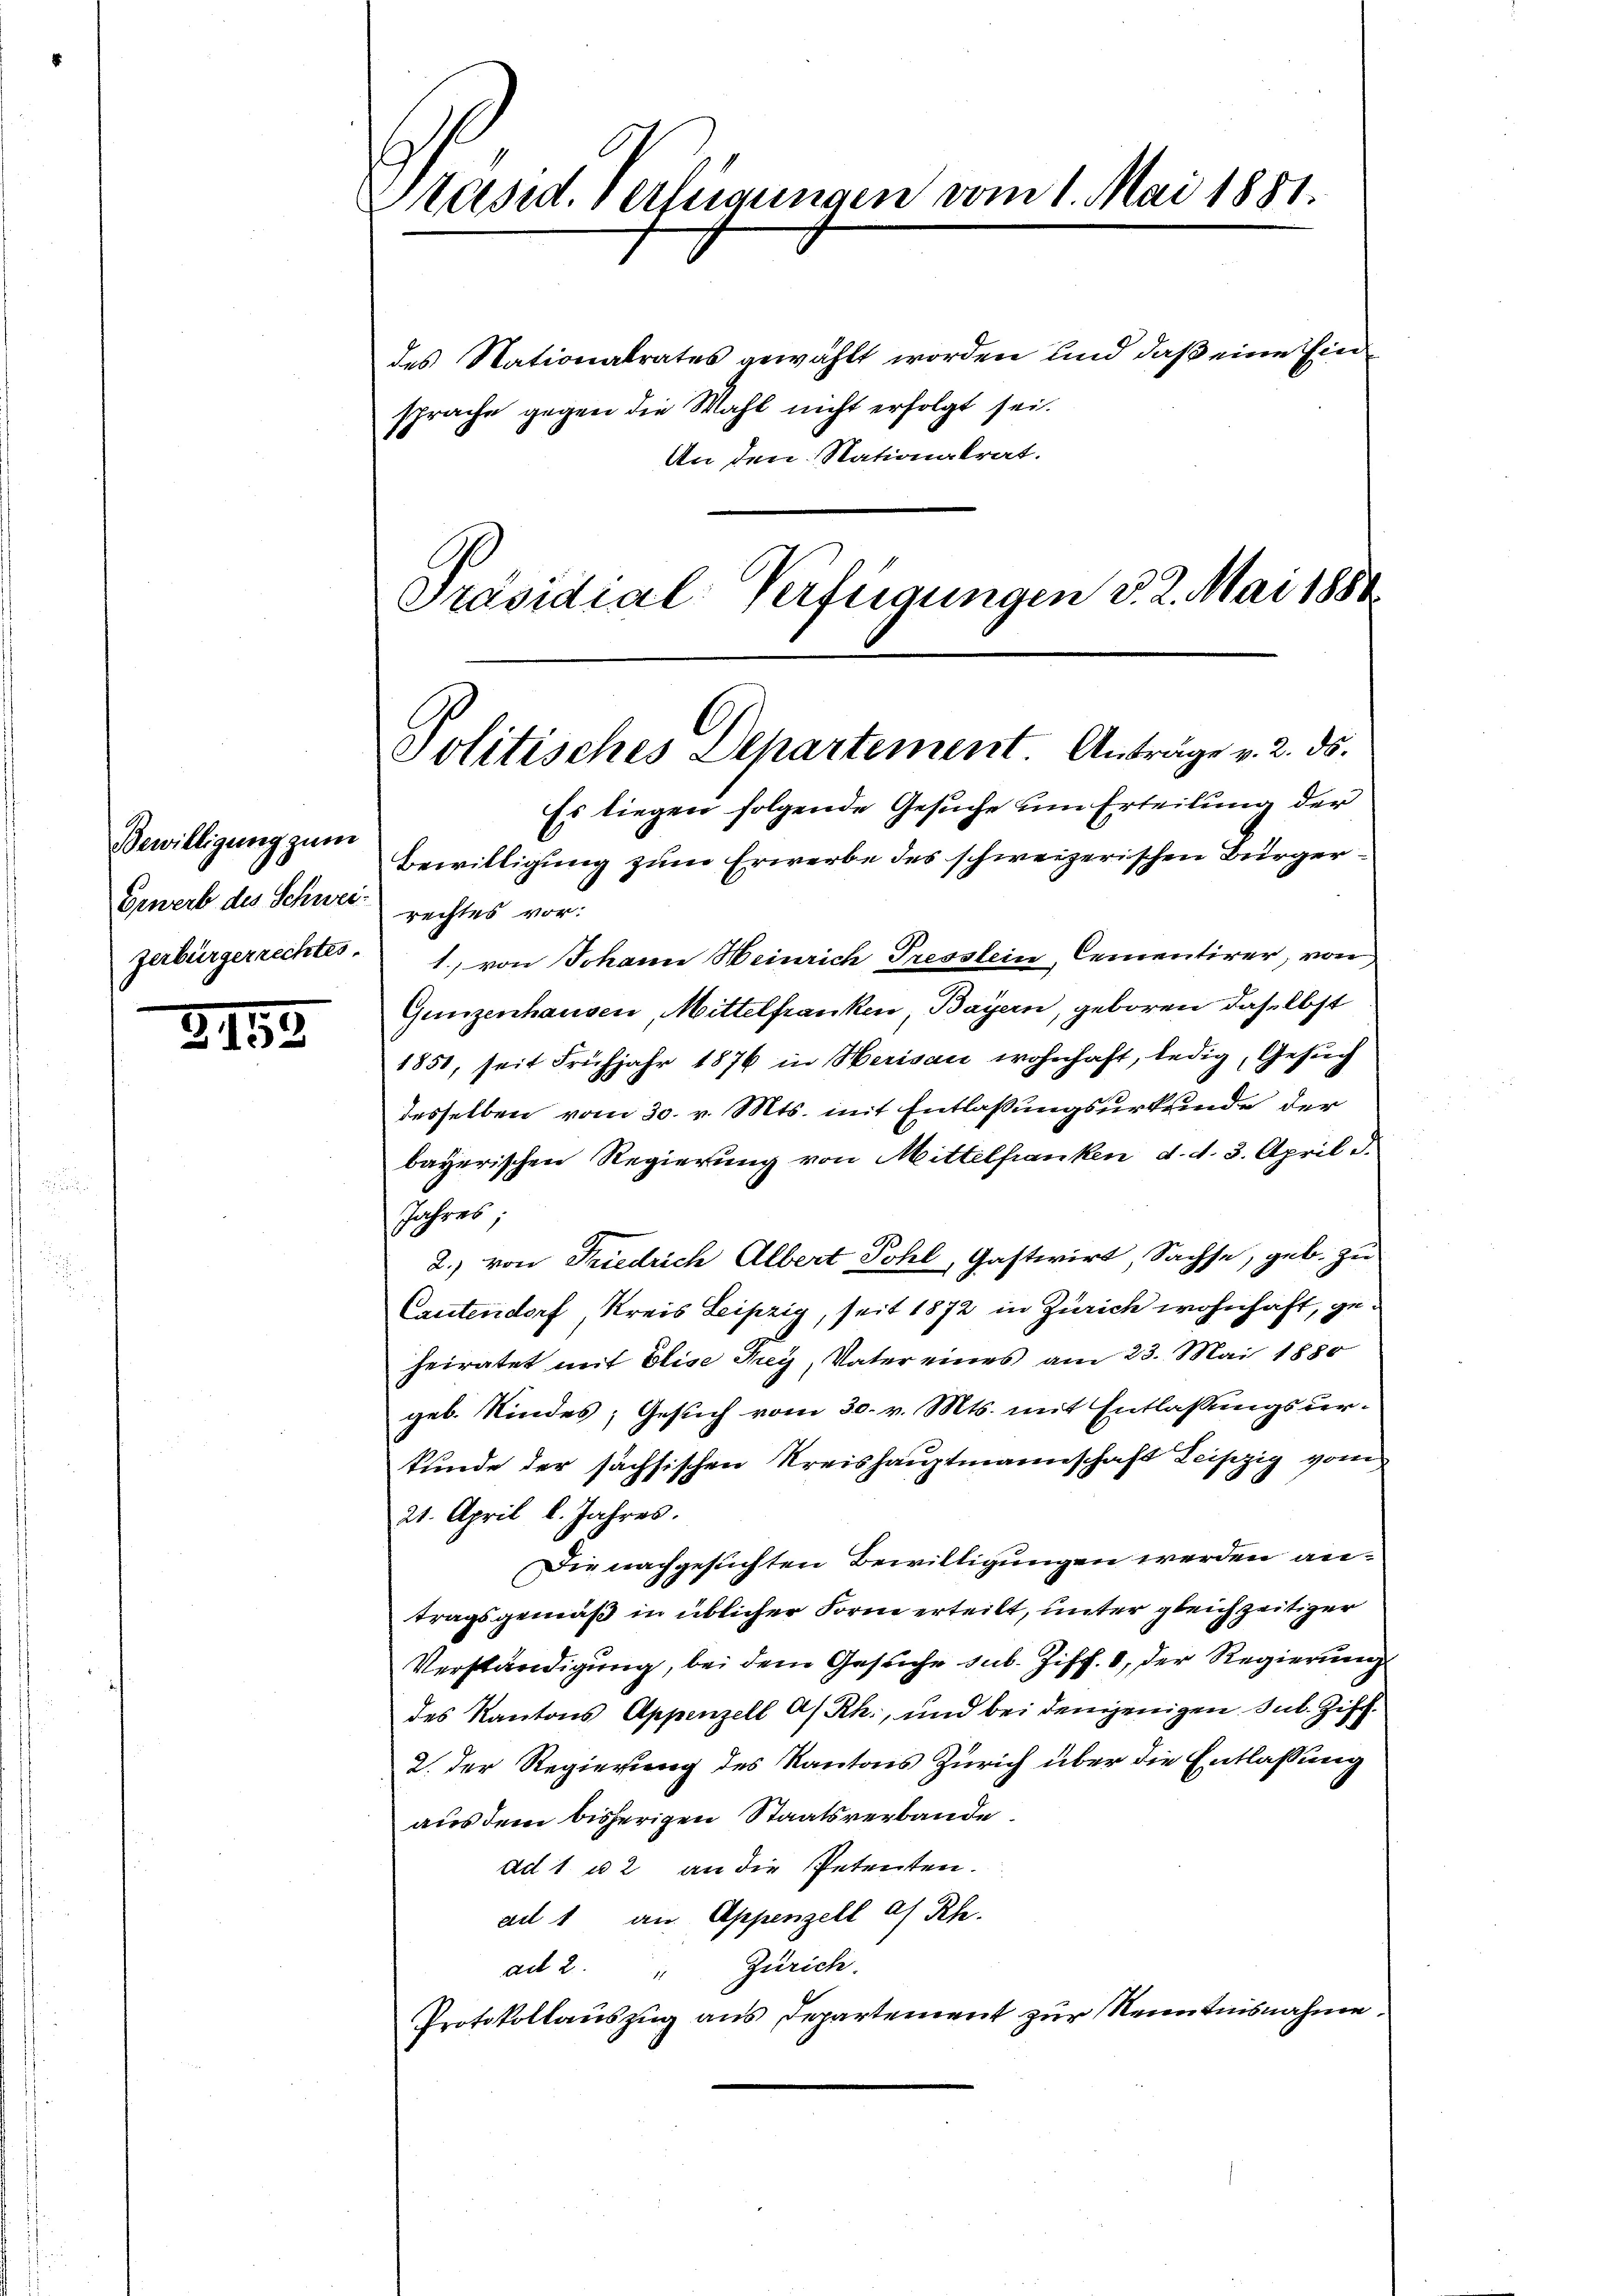
Bewilligung zum
Erwerb des Schwei- rechtes vor:
zerbürgerrechtes.

2. 153.

Präsid. Verfeigungen vom 1. Mai 1881.

des Nationalrates gewählt worden und daß eine Ein
sprache gegen die Wahl nicht erfolgt sei.
An den Nationalrat.
Präsidial-Verfügungen d. 2. Mai 1884

Politisches Departement. Anträge v. 2. ds.

Bewilligung zum Erwerbe des schweizerischen Bürger¬

Es liegen folgende Gesuche um Erteilung der
1., von Johann Heinrich Presstein, Cementirer, von
Gunzenhausen, Mittelfranken, Bayern, geboren daselbst
1851, seit Frühjahr 1876 in Herisau wohnhaft, ledig, Gesuch
desselben vom 30. v. Mts. mit Entlaßungsurkunde der
bayerischen Regierung von Mittelfranken d. d. 3. April d.
Jahres;
2.) von Friedrich Albert Pohl, Gastwirt Sachse, geb. zu
Cautendorf, Kreis Leipzig, seit 1872 in Zürich wohnhaft, geheiratet mit Elise Frey, Vater eines am 23. Mai 1880
geb. Kindes; Gesuch vom 30. v. Mts. mit Entlassungsurkunde der sächsischen Kreishauptmannschaft Leipzig vom
21. April l. Jahres.
Die nachgesuchten Bewilligungen werden antragsgemäß in üblicher Form erteilt, unter gleichzeitiger
Verständigung, bei dem Gesuche sub. Ziff. 8, der Regierung
des Kantons Appenzell A/Rh., und bei demjenigen sub. Ziff.
2. Der Regierung des Kantons Zürich über die Entlassung
aus dem bisherigen Staatsverbande
ad 1 u 2 an die Petenten.
au 1 an Appenzell a. Rh.
ad 2. " Zürich.
Protokollauszug aus Departement zur Kenntnisnahme